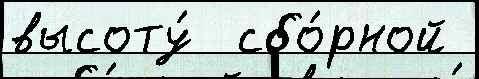
высоту́  сбо́рной